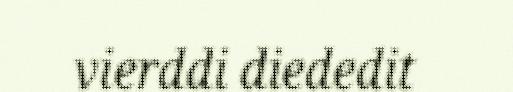
vierddi diededit